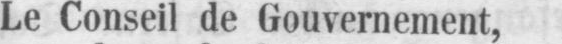
Le Conseil de Gouvernement,